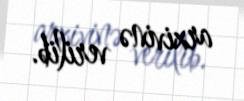
arxivinə verilib.